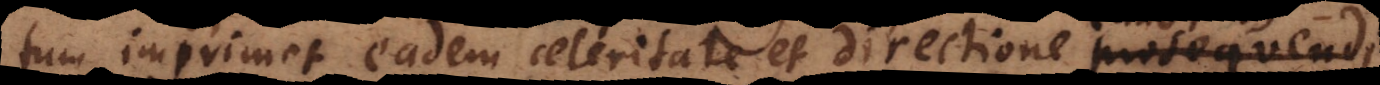
tum imprimet eadem celeritate et directione prosequendi,